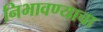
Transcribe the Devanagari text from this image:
निभावण्याचा